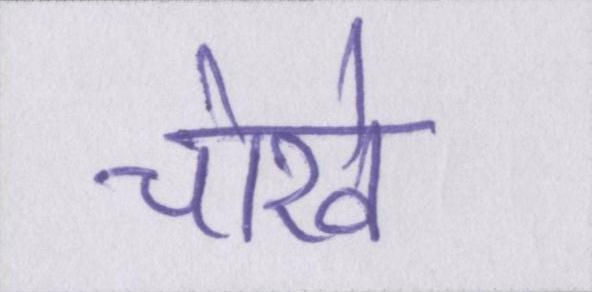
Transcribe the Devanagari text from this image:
चोखे